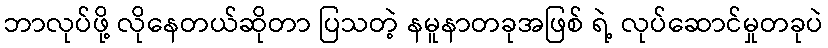
ဘာလုပ်ဖို့ လိုနေတယ်ဆိုတာ ပြသတဲ့ နမူနာတခုအဖြစ် ရဲ့ လုပ်ဆောင်မှုတခုပဲ